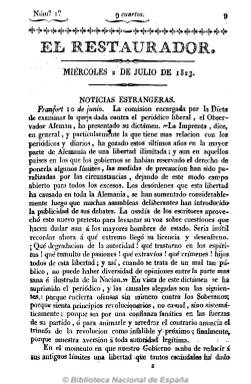
Título: El Restaurador (Madrid)
Colección: Periódicos anteriores a 1850
Ámbito geográfico: Madrid
Lugar de publicación: Madrid
Fechas: 01/07/1823-31/01/1824

El más destacado y furibundo periódico de la reacción ultracatólica y absolutista, que empieza a publicarse el uno de julio de 1823, con frecuencia diaria, excepto los lunes, habiendo recibido también una subvención secreta de 30.000 reales del Tesoro Real, al igual que sus correligionarios El procurador general del rey y El realista. Ya en su primer artículo señala que “sólo el título de este periódico indica bastantemente cuál será el objeto a que debe consagrarse”, que no es otro que la restauración de la fidelidad a Dios y al Rey, a la unión del “Altar y el Trono”.

Como órgano del clero rigorista e inquisitorial y de la intolerancia, incluso contra los moderados, es redactado por un grupo de escritores bajo la dirección del religioso mercedario calzado fray Manuel Martínez Ferro (1774-1821), al que en 1817 el rey le había nombrado inquisidor general y que, después, en 1825 será recompensado con la mitra del obispado de Málaga. Según Pérez de Guzmán en su Bosquejo histórico…, le acompañan en la redacción fray Manuel Gómez Negrete, Felipe Lesmes  Zapilla, Bernardo Hernández de Alba, Gregorio Martín de Urda y Serapio Serrano.

Con un estilo acre, procaz y violento, su objetivo es denunciar lo realizado durante el período “revolucionario”, incitar a la desobediencia de las leyes y el ordenamiento constitucional, demonizar y delatar a los liberales, atacar la ley de amnistía política, abogar por la restauración de la Inquisición, etc., reproduciendo la situación de 1814, en la que el clero absolutista de nuevo incita a la persecución sin piedad y al ensañamiento contra los liberales. De tal forma que ese espíritu vengativo lo refleja en su elocuente lema: “Hay que exterminar a los negros [liberales] hasta la cuarta generación”.

Impreso por Francisco Martínez Dávila, impresor de Cámara de S.M., sale en números de ocho páginas, publica numerosos suplementos o extraordinarios, así como un índice de materias mensual. Comienza cada número con noticias del extranjero, seguidas de las de España, todas ellas comentadas, extractadas de otros periódicos o procedentes de su correspondencia particular, y artículos políticos y doctrinales, algunos dialogados, y de oficio (reales decretos, etc.), sobre los acontecimientos políticos y militares que se libran en España entre las fuerzas francesas y realistas y las ya escuálidas liberales.

Aún así, será también víctima del real decreto de 30 de enero de 1824 de supresión total de la prensa española (excepto la Gaceta de Madrid y el Diario de Avisos), apareciendo su último número al día siguiente, y representará el núcleo del futuro partido carlista.